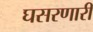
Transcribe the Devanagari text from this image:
घसरणारी